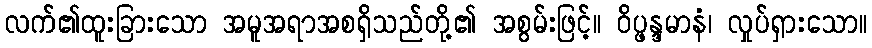
လက်၏ထူးခြားသော အမူအရာအစရှိသည်တို့၏ အစွမ်းဖြင့်။ ဝိပ္ဖန္ဒမာနံ၊ လှုပ်ရှားသော။